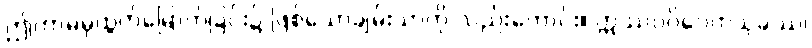
ဤကာမမှထွက်မြောက်ခြင်း၌ ဖြစ်သောချမ်းသာကို လည်းကောင်း။ ဣဿပဝိဝေကသုခဿ၊